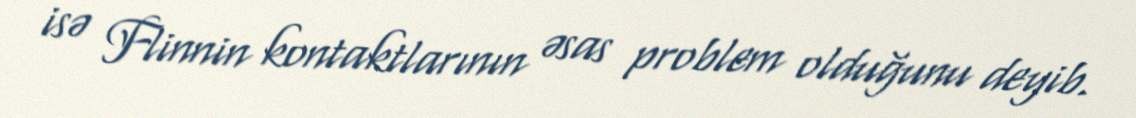
isə Flinnin kontaktlarının əsas problem olduğunu deyib.